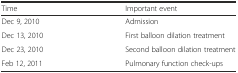
| Time | Important event |
 | --- | --- |
 | Dec 9, 2010 | Admission |
 | Dec 13, 2010 | First balloon dilation treatment |
 | Dec 23, 2010 | Second balloon dilation treatment |
 | Feb 12, 2011 | Pulmonary function check-ups |